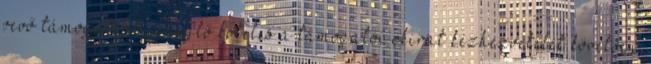
vevő támogatást igénylő köteles a támogatói okirat kézhezvételét követően